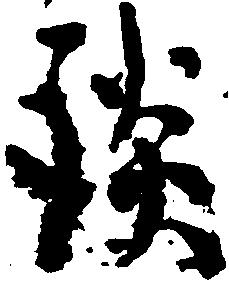
談